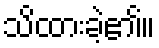
သိထားခဲ့၏။